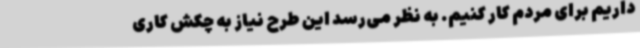
داریم برای مردم کار کنیم. به نظر می‌رسد این طرح نیاز به چکش کاری